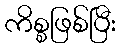
ကိစ္စဖြစ်ပြီး